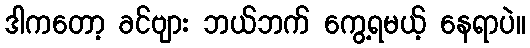
ဒါကတော့ ခင်ဗျား ဘယ်ဘက် ကွေ့ရမယ့် နေရာပဲ။